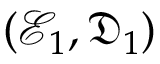
( \mathcal { E } _ { 1 } , \mathfrak { D } _ { 1 } )